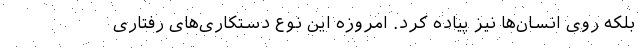
بلکه روی انسان‌ها نیز پیاده کرد. امروزه این نوع دستکاری‌های رفتاری